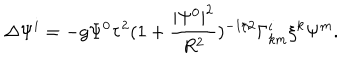
\Delta \Psi ^ { i } = - g \Psi ^ { 0 } \tau ^ { 2 } ( 1 + \frac { | \Psi ^ { 0 } | ^ { 2 } } { R ^ { 2 } } ) ^ { - 1 / 2 } \Gamma _ { k m } ^ { i } \xi ^ { k } \Psi ^ { m } .